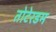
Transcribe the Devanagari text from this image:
तोटेरडम